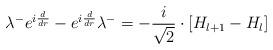
LaTeX: \begin{align*}\lambda ^{-}e^{i\frac {d}{dr}}-e^{i\frac {d}{dr}}\lambda^{-}=-\frac {i}{\sqrt{2}}\cdot \left[ H_{l+1}-H_{l}\right]\end{align*}